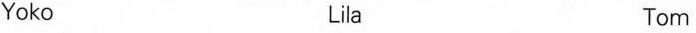
Yoko Lila Tom